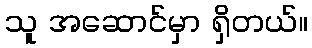
သူ အဆောင်မှာ ရှိတယ်။